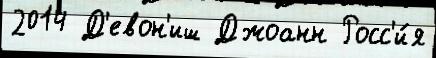
2014 Д'евон'иш Джоанн Росс'и́я